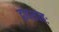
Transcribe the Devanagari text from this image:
द्वादशाहः